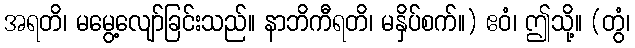
အရတိ၊ မမွေ့လျော်ခြင်းသည်။ နာဘိကီရတိ၊ မနှိပ်စက်။) ဧဝံ၊ ဤသို့။ (တွံ၊